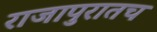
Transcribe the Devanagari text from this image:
राजापुरातच